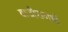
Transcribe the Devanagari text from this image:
बाजीरावाशीं